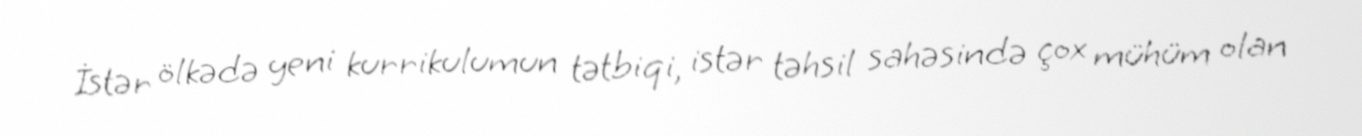
İstər ölkədə yeni kurrikulumun tətbiqi, istər təhsil sahəsində çox mühüm olan